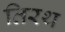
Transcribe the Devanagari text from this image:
तिरथ